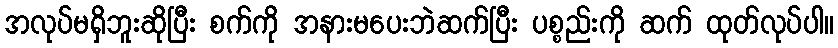
အလုပ်မရှိဘူးဆိုပြီး စက်ကို အနားမပေးဘဲဆက်ပြီး ပစ္စည်းကို ဆက် ထုတ်လုပ်ပါ။